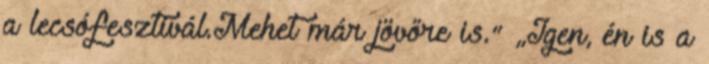
a lecsófesztivál.Mehet már jövőre is.” „Igen, én is a